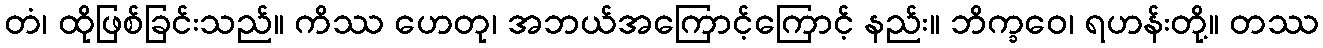
တံ၊ ထိုဖြစ်ခြင်းသည်။ ကိဿ ဟေတု၊ အဘယ်အကြောင့်ကြောင့် နည်း။ ဘိက္ခဝေ၊ ရဟန်းတို့။ တဿ